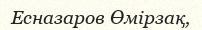
Есназаров Өмірзақ,